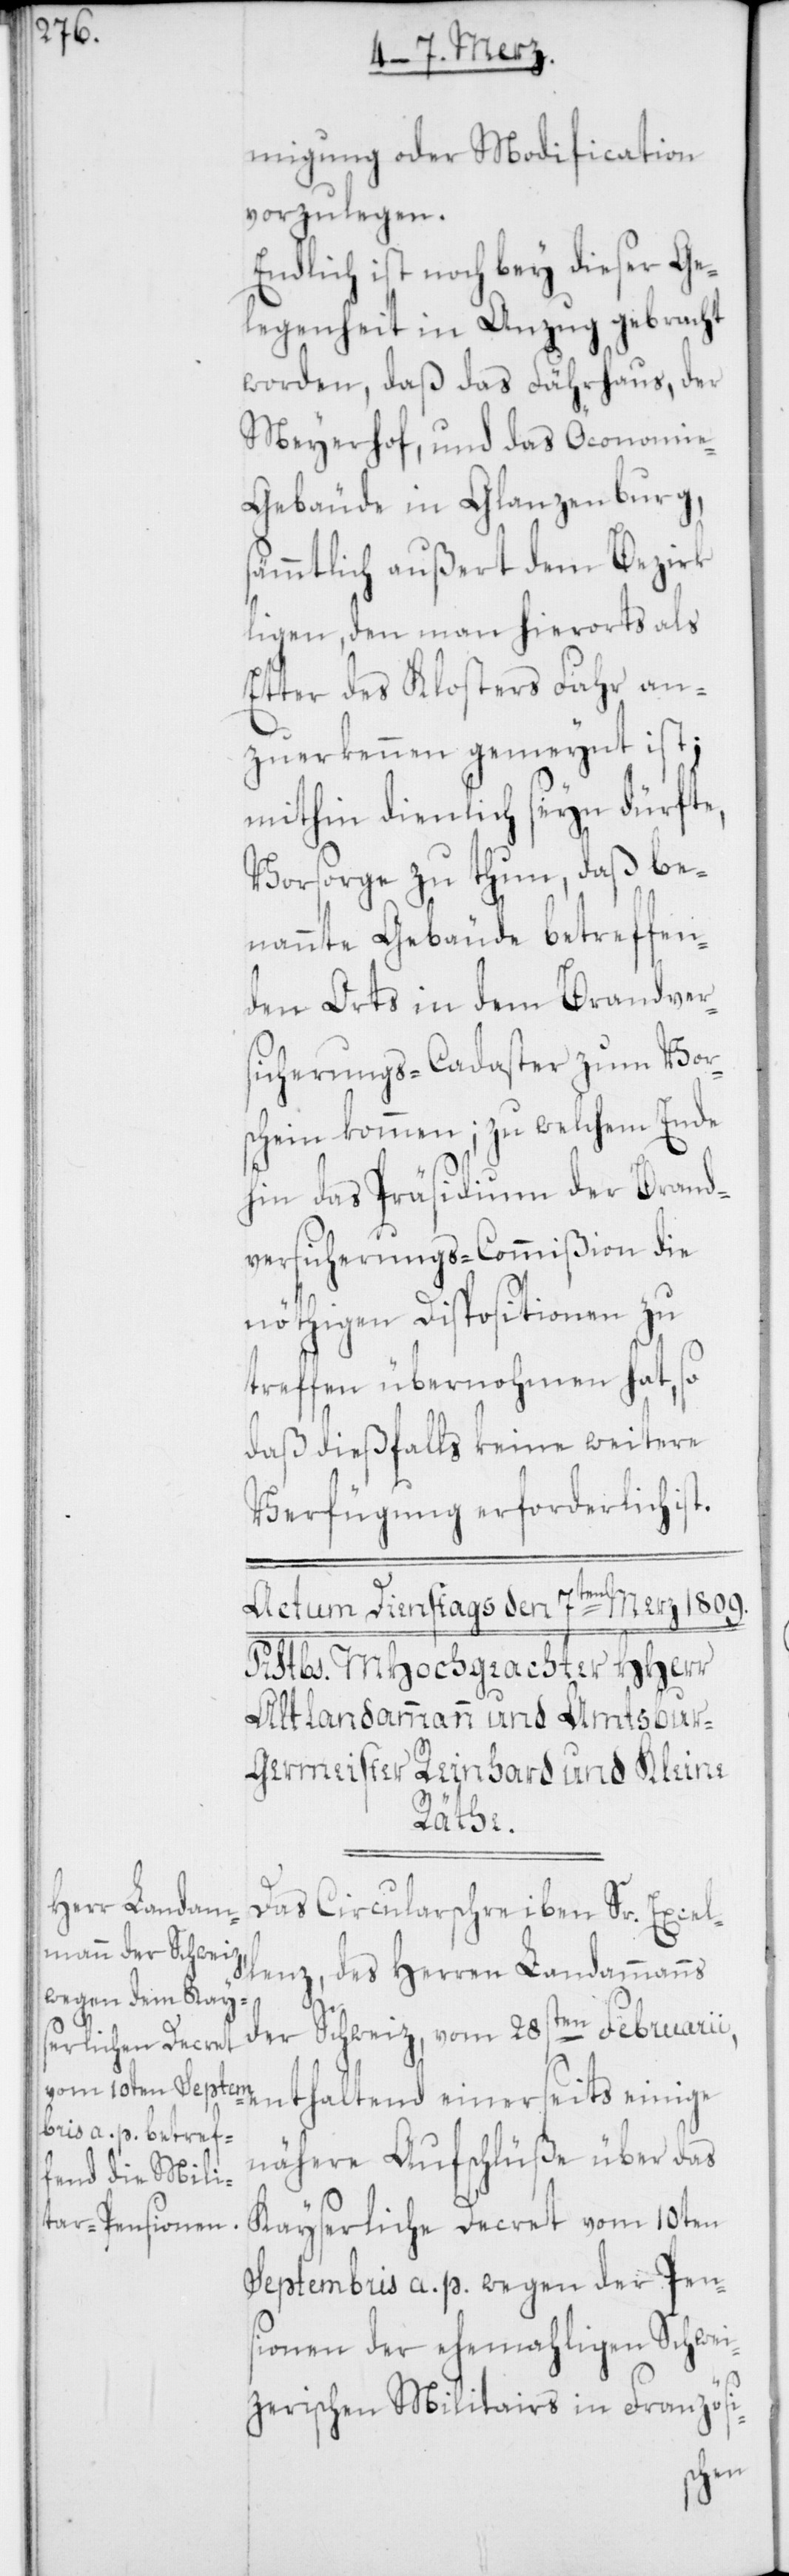
migung oder Modification
vorzulegen.
Endlich ist noch bey dieser Ge¬
legenheit in Anzug gebracht
worden, daß das Fährhaus, der
Meyerhof, und das Öconomi¬
e-Gebäude in Glanzenburg,
sämmtlich außert dem Bezirk
ligen, den man hierorts als
Etter des Klosters Fahr an¬
zuerkennen gemeint ist;
mithin dienlich seyn dürfte,
Vorsorge zu thun, daß be¬
nannte Gebäude betreffen¬
den Orts in dem Brandver¬
sicherungs-Cadaster zum Vor¬
schein kommen; zu welchem Ende
hin das Präsidium der Brand¬
versicherungs-Commißion die
nöthigen Dispositionen zu
treffen übernohmen hat, so
daß dießfalls keine weitere
Verfügung erforderlich ist.
Das Circularschreiben Sr. Excel¬
lenz, des Herren Landammanns
der Schweiz, vom 28sten Februarii,
enthaltend einerseits einige
nähere Aufschlüße über das
kayserliche Decret vom 10ten
Septembris a. p., wegen der Pen¬
sionen der ehemahligen Schwei¬
zerischen Militairs in Französi-